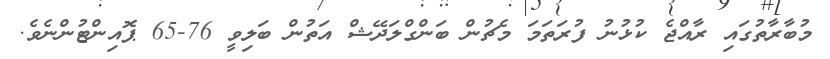
މުބާރާތުގައި ރާއްޖެ ކުޅުނު ފުރަތަމަ މެޗުން ބަންގްލަދޭޝް އަތުން ބަލިވީ 76-65 ޕޮއިންޓުންނެވެ.